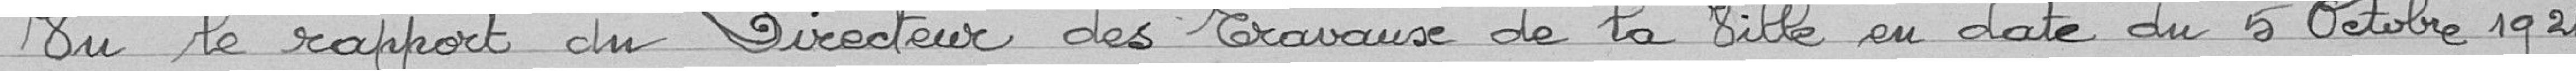
Vu le rapport du Directeur des travaux de la ville en date du 5 octobre 1921